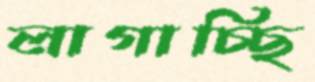
লাগাচ্ছি